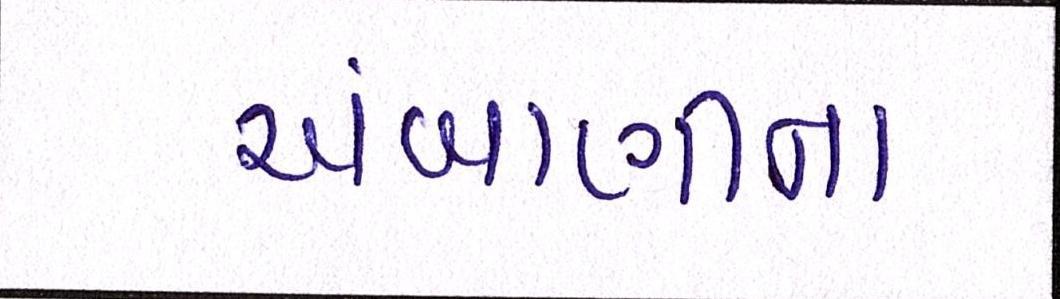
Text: અંબાણીના